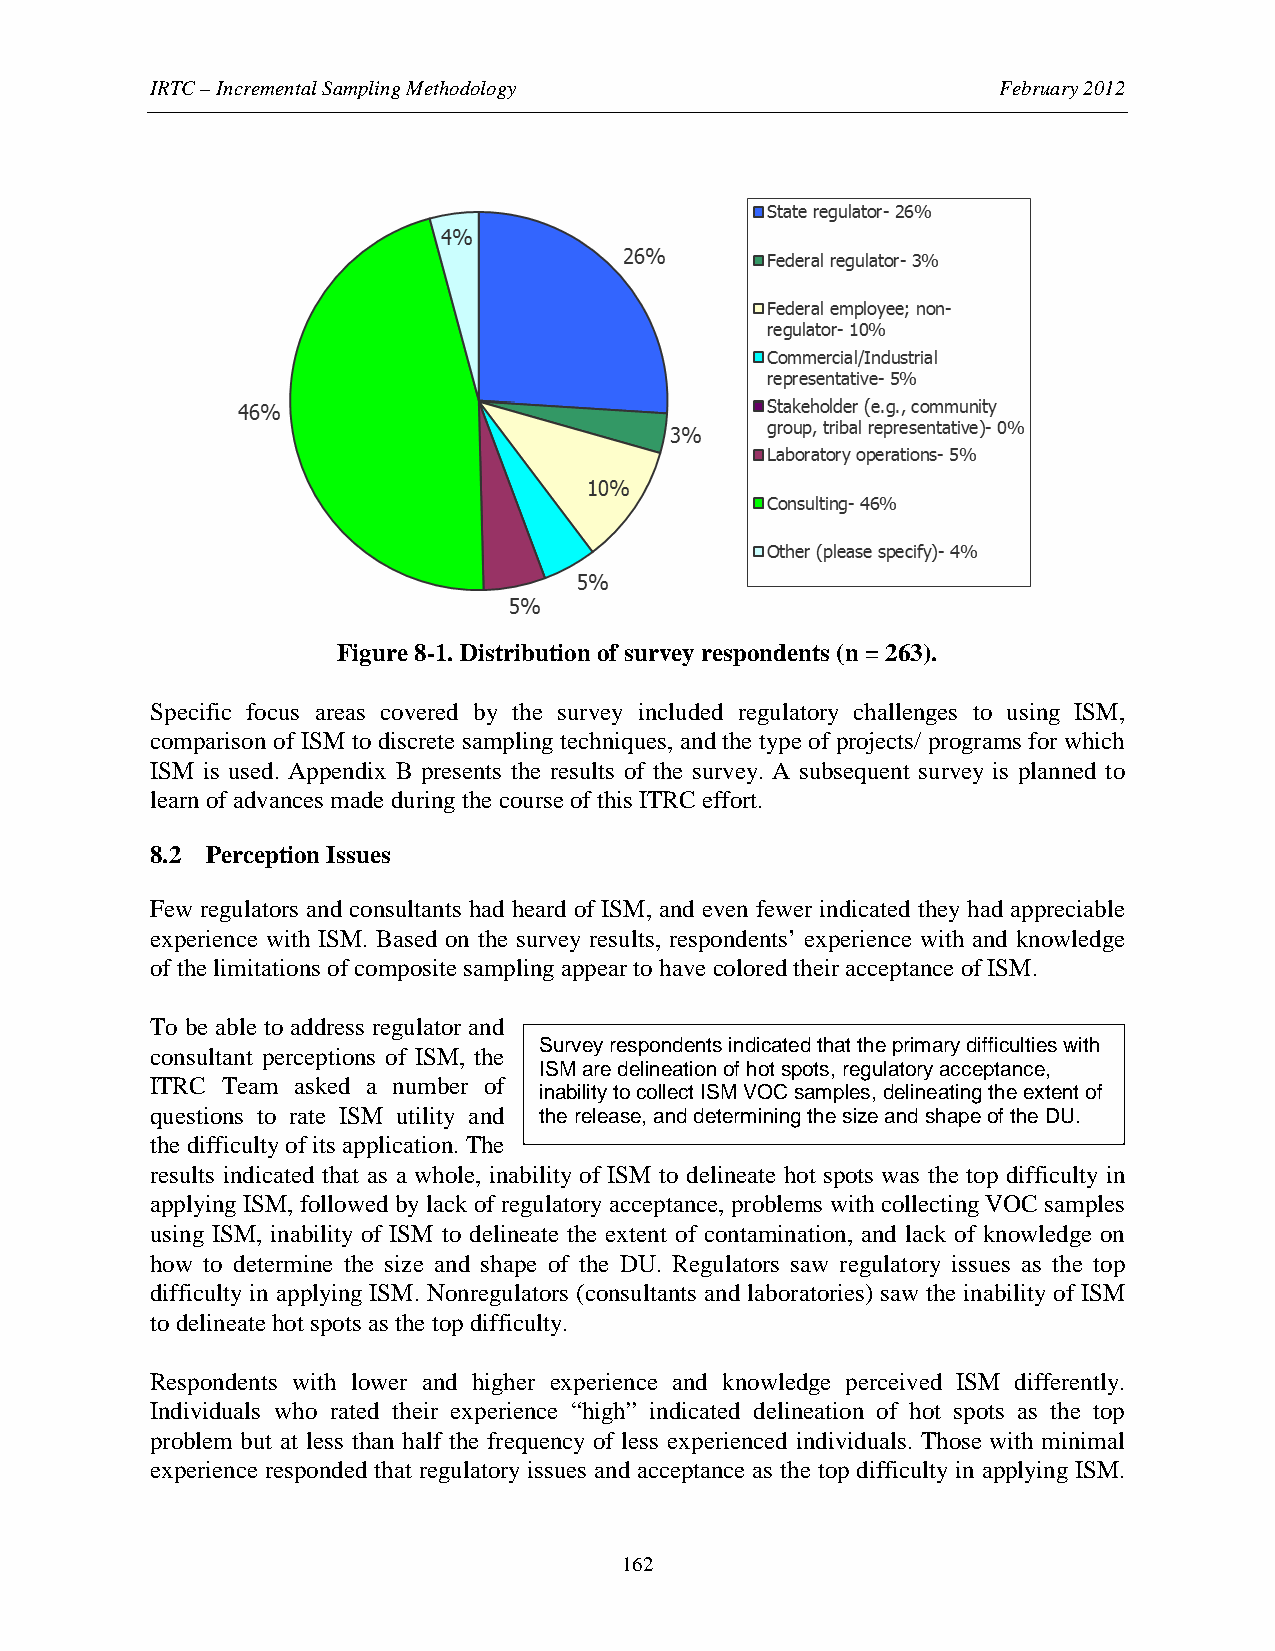
IRTC – Incremental Sampling Methodology                 February 2012
 Figure 8-1. Distribution of survey respondents (n = 263).
 Specific focus areas covered by the survey included regulatory challenges to using ISM,
 comparison of ISM to discrete sampling techniques, and the type of projects/ programs for which
 ISM is used. Appendix B presents the results of the survey. A subsequent survey is planned to
 learn of advances made during the course of this ITRC effort.
 8.2 Perception Issues
 Few regulators and consultants had heard of ISM, and even fewer indicated they had appreciable
 experience with ISM. Based on the survey results, respondents’ experience with and knowledge
 of the limitations of composite sampling appear to have colored their acceptance of ISM.
 To be able to address regulator and
 Survey respondents indicated that the primary difficulties with
 consultant perceptions of ISM, the
 ISM are delineation of hot spots, regulatory acceptance,
 ITRC Team asked a number of
 inability to collect ISM VOC samples, delineating the extent of
 questions to rate ISM utility and the release, and determining the size and shape of the DU.
 the difficulty of its application. The
 results indicated that as a whole, inability of ISM to delineate hot spots was the top difficulty in
 applying ISM, followed by lack of regulatory acceptance, problems with collecting VOC samples
 using ISM, inability of ISM to delineate the extent of contamination, and lack of knowledge on
 how to determine the size and shape of the DU. Regulators saw regulatory issues as the top
 difficulty in applying ISM. Nonregulators (consultants and laboratories) saw the inability of ISM
 to delineate hot spots as the top difficulty.
 Respondents with lower and higher experience and knowledge perceived ISM differently.
 Individuals who rated their experience “high” indicated delineation of hot spots as the top
 problem but at less than half the frequency of less experienced individuals. Those with minimal
 experience responded that regulatory issues and acceptance as the top difficulty in applying ISM.
 162